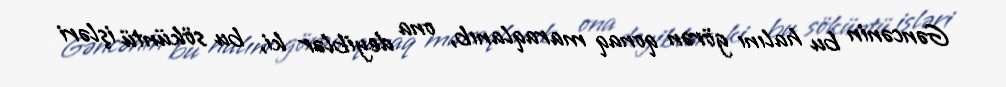
Gəncənin bu halını görən qonaq maraqlanıb, ona deyiblər ki, bu söküntü işləri